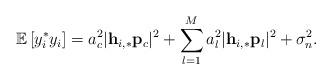
LaTeX: \begin{align*} \mathbb{E}\left[y_i^* y_i\right]=a_c^2\lvert\mathbf{h}_{i,*}\mathbf{p}_c\rvert^2+\sum_{l=1}^M a_l^2\lvert\mathbf{h}_{i,*}\mathbf{p}_l\rvert^2+\sigma_n^2.\end{align*}